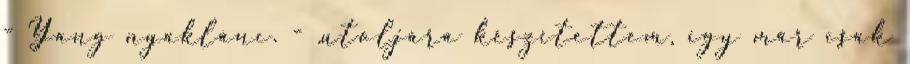
- Yang nyaklánc. - .utoljára készítettem, így már csak